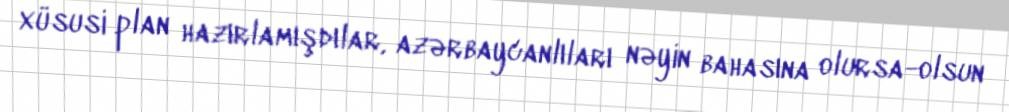
xüsusi plan hazırlamışdılar, azərbaycanlıları nəyin bahasına olursa-olsun